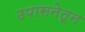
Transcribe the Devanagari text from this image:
उपासनेतून